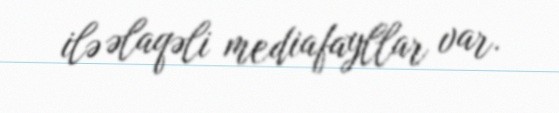
ilə əlaqəli mediafayllar var.